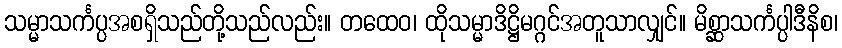
သမ္မာသင်္ကပ္ပအစရှိသည်တို့သည်လည်း။ တထေဝ၊ ထိုသမ္မာဒိဋ္ဌိမဂ္ဂင်အတူသာလျှင်။ မိစ္ဆာသင်္ကပ္ပါဒီနိစ၊